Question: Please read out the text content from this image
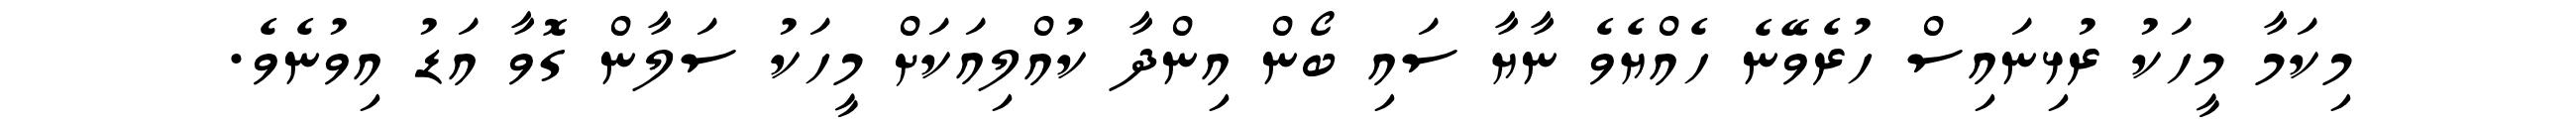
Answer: މިކަމާ މީހަކު ރުޅިނައިސް ހުރެވޭނެ ހެއްޔެވެ ނާޔާ ސައި ބޯން އިންދާ ކުއްލިއަކަށް މީހަކު ސަލާން ގޮވާ އަޑު އިވުނެވެ.